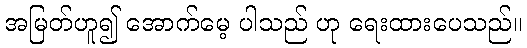
အမြတ်ဟူ၍ အောက်မေ့ ပါသည် ဟု ရေးထားပေသည်။